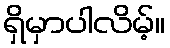
ရှိမှာပါလိမ့်။